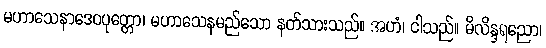
မဟာသေနာဒေဝပုတ္တော၊ မဟာသေနမည်သော နတ်သားသည်။ အဟံ၊ ငါသည်။ မိလိန္ဒရညော၊